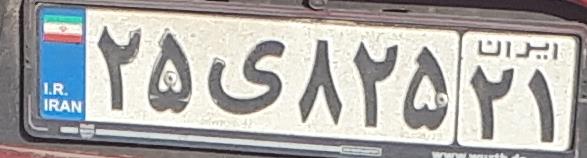
۲۵ی۸۲۵۲۱